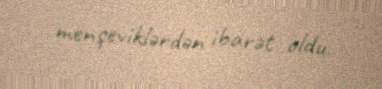
menşeviklərdən ibarət oldu.